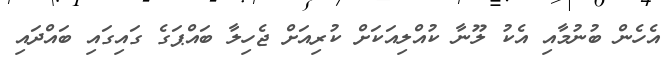
އެހެން ބުނުމާއި އެކު ލޫނާ ކުއްލިއަކަށް ކުރިއަށް ޖެހިލާ ބައްޕަގެ ގައިގައި ބައްދައި